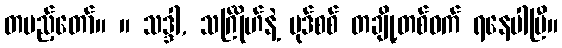
တပည့်တော်။ ။ သဒ္ဒါ, သင်္ဂြိုဟ်နဲ့ ပုဒ်စစ် တချို့တစ်ဝက် ရနေပါပြီ။